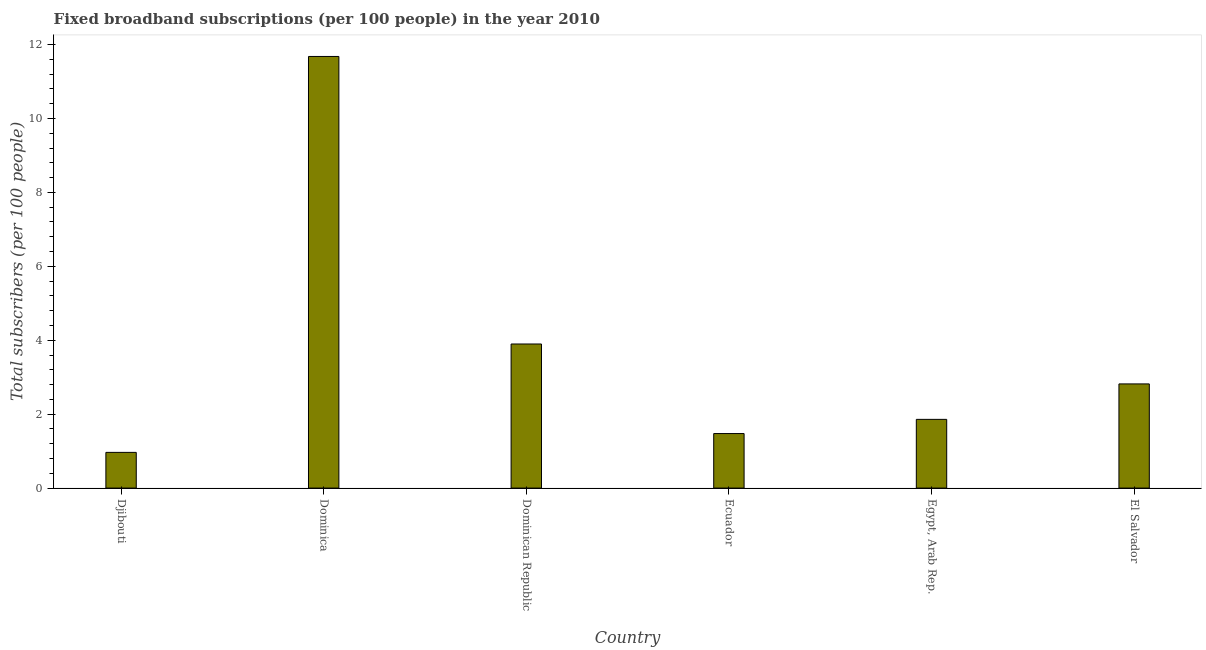
| Country | Fixed broadband subscriptions (per 100 people) |
 | --- | --- |
 | Djibouti | 0.966 |
 | Dominica | 11.7 |
 | Dominican Republic | 3.9 |
 | Ecuador | 1.48 |
 | Egypt, Arab Rep. | 1.86 |
 | El Salvador | 2.82 |